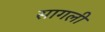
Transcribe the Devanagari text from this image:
सागली